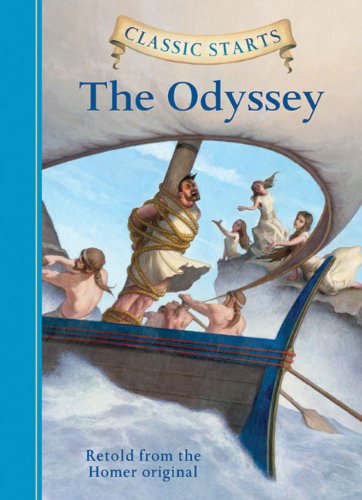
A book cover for Classic StartsEE¢: The Odyssey (Classic Starts(TM) Series); Homer; Children's Books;